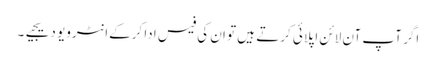
اگر آپ آن لائن اپلائی کرتے ہیں تو ان کی فیس ادا کرکےانٹرویو دیجیے۔